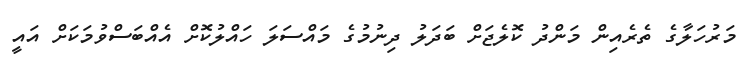
މަރުހަލާގެ ތެރެއިން މަންދު ކޮލެޖަށް ބަދަލު ދިނުމުގެ މައްސަލަ ހައްލުކޮށް އެއްބަސްވުމަކަށް އައީ